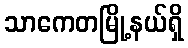
သာကေတမြို့နယ်ရှိ